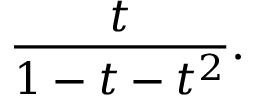
{ \frac { t } { 1 - t - t ^ { 2 } } } .